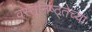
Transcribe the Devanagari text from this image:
वस्तूनिष्ठ्तेच्या